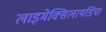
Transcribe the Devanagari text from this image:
लाइमेक्सिलायडिया